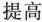
提高